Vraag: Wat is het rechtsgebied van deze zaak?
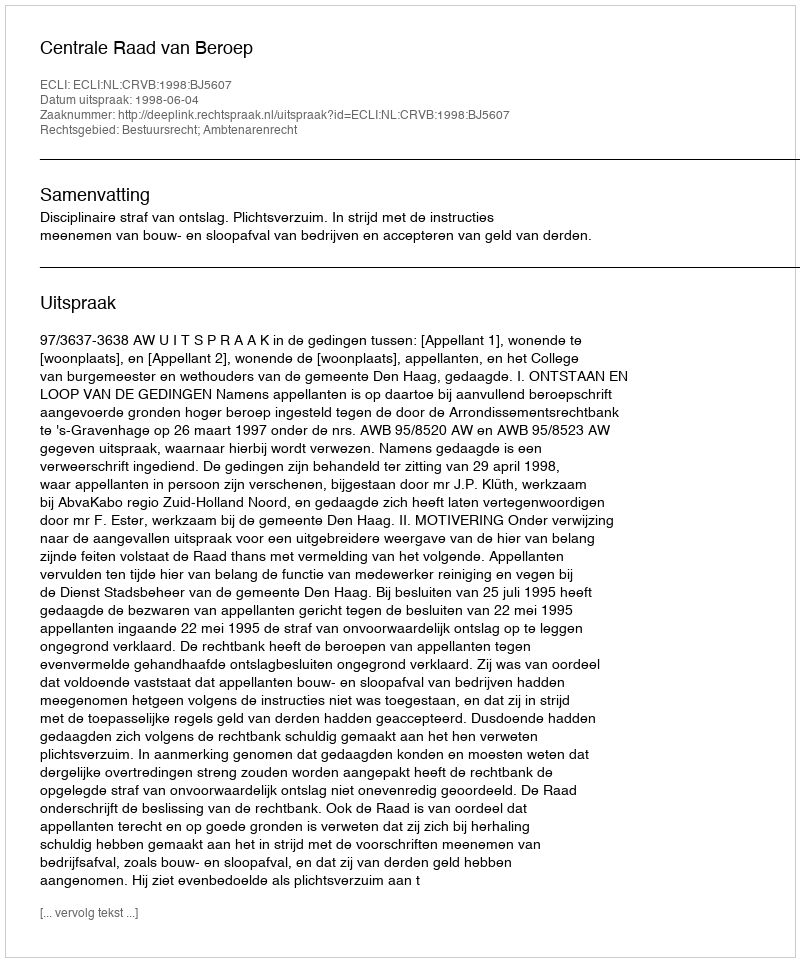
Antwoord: Bestuursrecht; Ambtenarenrecht